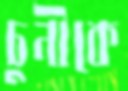
চুনীকে